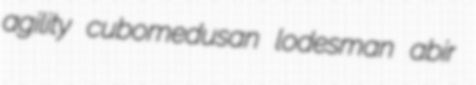
agility cubomedusan lodesman abir